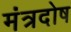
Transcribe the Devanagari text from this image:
मंत्रदोष